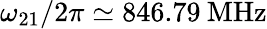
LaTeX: \omega_{21}/2\pi\simeq 846.79\: \mathrm{MHz}